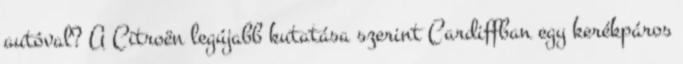
autóval? A Citroën legújabb kutatása szerint Cardiffban egy kerékpáros